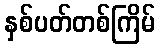
နှစ်ပတ်တစ်ကြိမ်